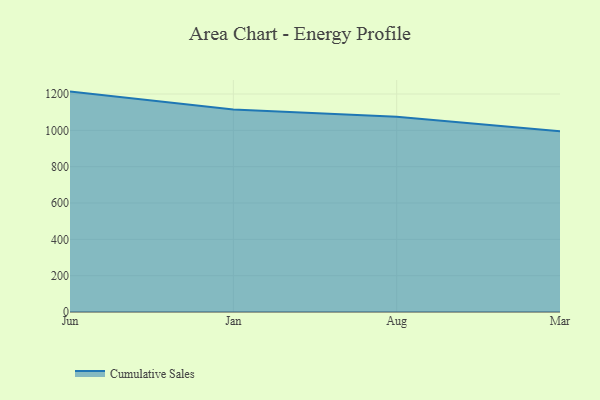
{"axis": {"x": "Month", "y": "Net Income (USD K)"}, "legend": ["Cumulative Sales"], "data": [{"x": "Jun", "y": 1213.2, "type": "Cumulative Sales"}, {"x": "Jan", "y": 1114.9, "type": "Cumulative Sales"}, {"x": "Aug", "y": 1075.0, "type": "Cumulative Sales"}, {"x": "Mar", "y": 994.7, "type": "Cumulative Sales"}]}